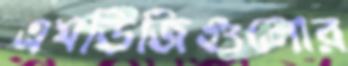
এমডিজিগুলোর